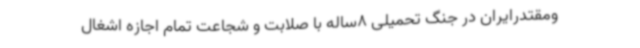
ومقتدرایران در جنگ تحمیلی 8ساله با صلابت و شجاعت تمام اجازه اشغال